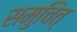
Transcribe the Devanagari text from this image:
समुचित्